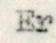
Er